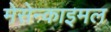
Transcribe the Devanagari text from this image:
मेसेन्काइमल